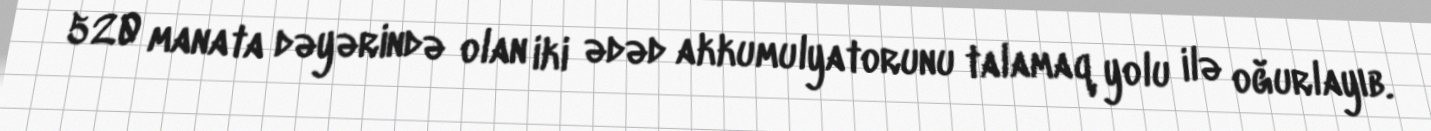
520 manata dəyərində olan iki ədəd akkumulyatorunu talamaq yolu ilə oğurlayıb.